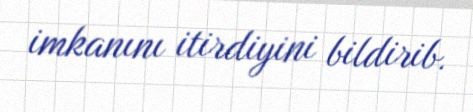
imkanını itirdiyini bildirib.